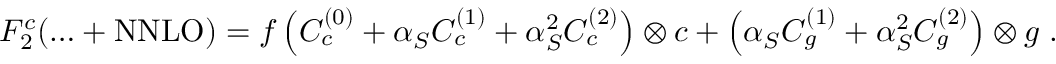
F _ { 2 } ^ { c } ( \ldots + \mathrm { N N L O } ) = f \left( C _ { c } ^ { ( 0 ) } + \alpha _ { S } C _ { c } ^ { ( 1 ) } + \alpha _ { S } ^ { 2 } C _ { c } ^ { ( 2 ) } \right) \otimes c + \left( \alpha _ { S } C _ { g } ^ { ( 1 ) } + \alpha _ { S } ^ { 2 } C _ { g } ^ { ( 2 ) } \right) \otimes g \; .